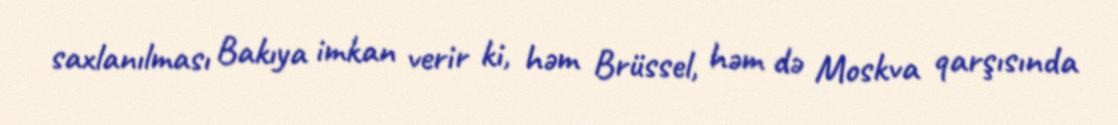
saxlanılması Bakıya imkan verir ki, həm Brüssel, həm də Moskva qarşısında